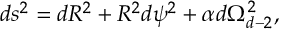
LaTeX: d s ^ { 2 } = d R ^ { 2 } + R ^ { 2 } d \psi ^ { 2 } + \alpha d \Omega _ { d - 2 } ^ { 2 } ,